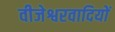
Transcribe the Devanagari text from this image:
वीजेश्वरवादियों